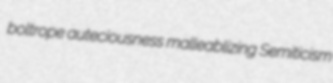
boltrope auteciousness malleablizing Semiticism